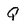
Character: Q